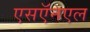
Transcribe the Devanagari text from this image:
एसऍनएल